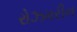
રોઝમરીન